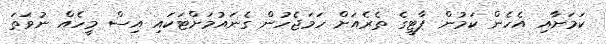
ކަމަށާއި އެހެން ކަމުން ޕާޓީގެ ތެރެއަށް ހަމަޖެހުން ގެނައުމަށްޓަކައި އިސް މީހެއް ނުވަތަ